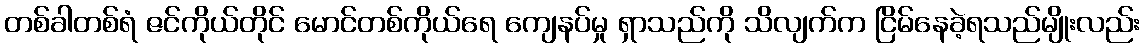
တစ်ခါတစ်ရံ ဇင်ကိုယ်တိုင် မောင်တစ်ကိုယ်ရေ ကျေနပ်မှု ရှာသည်ကို သိလျက်က ငြိမ်နေခဲ့ရသည်မျိုးလည်း